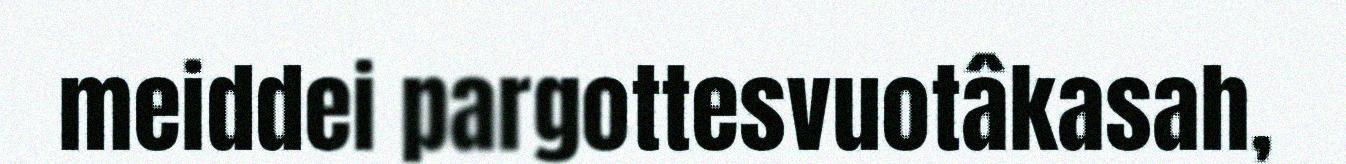
meiddei pargottesvuotâkasah,